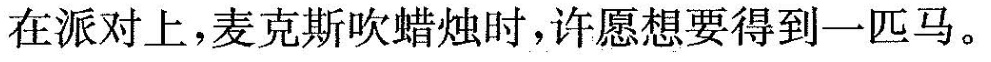
在派对上,麦克斯吹蜡烛时,许愿想要得到一匹马.